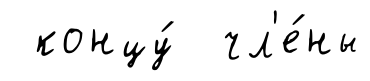
концу́ чл'е́ны